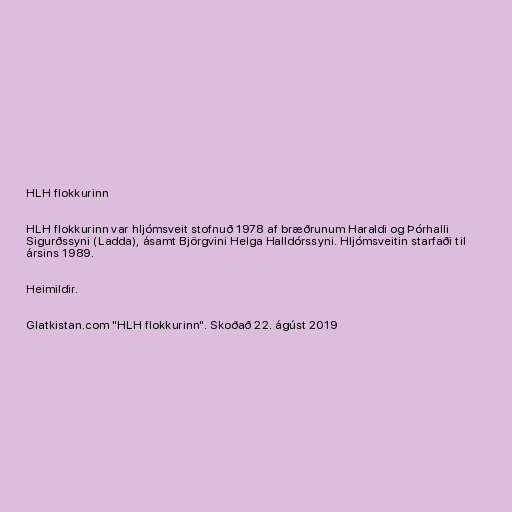
HLH flokkurinn

HLH flokkurinn var hljómsveit stofnuð 1978 af bræðrunum Haraldi og Þórhalli
Sigurðssyni (Ladda), ásamt Björgvini Helga Halldórssyni. Hljómsveitin starfaði til
ársins 1989.

Heimildir.

Glatkistan.com "HLH flokkurinn". Skoðað 22. ágúst 2019